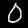
Digit: 0